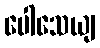
ပေါသေယျ